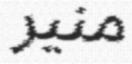
منير